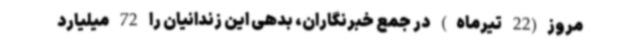
مروز(22 تیرماه) در جمع خبرنگاران، بدهی این زندانیان را 72 میلیارد